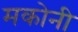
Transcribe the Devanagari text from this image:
मकोनी